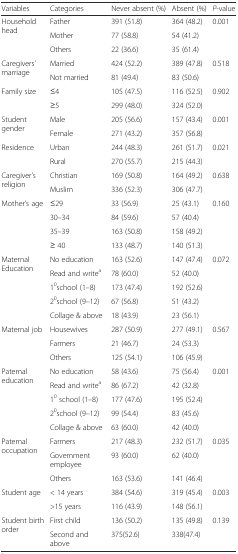
<table><thead><tr><td><b>Variables</b></td><td><b>Categories</b></td><td><b>Never absent (%)</b></td><td><b>Absent (%)</b></td><td><b><i>P</i>-value</b></td></tr></thead><tbody><tr><td rowspan="3">Household head</td><td>Father</td><td>391 (51.8)</td><td>364 (48.2)</td><td rowspan="3">0.001</td></tr><tr><td>Mother</td><td>77 (58.8)</td><td>54 (41.2)</td></tr><tr><td>Others</td><td>22 (36.6)</td><td>35 (61.4)</td></tr><tr><td rowspan="2">Caregivers’ marriage</td><td>Married</td><td>424 (52.2)</td><td>389 (47.8)</td><td rowspan="2">0.518</td></tr><tr><td>Not married</td><td>81 (49.4)</td><td>83 (50.6)</td></tr><tr><td rowspan="2">Family size</td><td>≤4</td><td>105 (47.5)</td><td>116 (52.5)</td><td rowspan="2">0.902</td></tr><tr><td>≥5</td><td>299 (48.0)</td><td>324 (52.0)</td></tr><tr><td rowspan="2">Student gender</td><td>Male</td><td>205 (56.6)</td><td>157 (43.4)</td><td rowspan="2">0.001</td></tr><tr><td>Female</td><td>271 (43.2)</td><td>357 (56.8)</td></tr><tr><td rowspan="2">Residence</td><td>Urban</td><td>244 (48.3)</td><td>261 (51.7)</td><td rowspan="2">0.021</td></tr><tr><td>Rural</td><td>270 (55.7)</td><td>215 (44.3)</td></tr><tr><td rowspan="2">Caregiver’s religion</td><td>Christian</td><td>169 (50.8)</td><td>164 (49.2)</td><td rowspan="2">0.638</td></tr><tr><td>Muslim</td><td>336 (52.3)</td><td>306 (47.7)</td></tr><tr><td rowspan="4">Mother’s age</td><td>≤29</td><td>33 (56.9)</td><td>25 (43.1)</td><td rowspan="4">0.160</td></tr><tr><td>30–34</td><td>84 (59.6)</td><td>57 (40.4)</td></tr><tr><td>35–39</td><td>163 (50.8)</td><td>158 (49.2)</td></tr><tr><td>≥ 40</td><td>133 (48.7)</td><td>140 (51.3)</td></tr><tr><td rowspan="5">Maternal Education</td><td>No education</td><td>163 (52.6)</td><td>147 (47.4)</td><td rowspan="5">0.072</td></tr><tr><td>Read and write<sup>a</sup></td><td>78 (60.0)</td><td>52 (40.0)</td></tr><tr><td>1<sup>0</sup>school (1–8)</td><td>173 (47.4)</td><td>192 (52.6)</td></tr><tr><td>2<sup>0</sup>school (9–12)</td><td>67 (56.8)</td><td>51 (43.2)</td></tr><tr><td>Collage &amp; above</td><td>18 (43.9)</td><td>23 (56.1)</td></tr><tr><td rowspan="3">Maternal job</td><td>Housewives</td><td>287 (50.9)</td><td>277 (49.1)</td><td rowspan="3">0.567</td></tr><tr><td>Farmers</td><td>21 (46.7)</td><td>24 (53.3)</td></tr><tr><td>Others</td><td>125 (54.1)</td><td>106 (45.9)</td></tr><tr><td rowspan="5">Paternal education</td><td>No education</td><td>58 (43.6)</td><td>75 (56.4)</td><td rowspan="5">0.001</td></tr><tr><td>Read and write<sup>a</sup></td><td>86 (67.2)</td><td>42 (32.8)</td></tr><tr><td>1<sup>0</sup> school (1–8)</td><td>177 (47.6)</td><td>195 (52.4)</td></tr><tr><td>2<sup>0</sup>school (9–12)</td><td>99 (54.4)</td><td>83 (45.6)</td></tr><tr><td>Collage &amp; above</td><td>63 (60.0)</td><td>42 (40.0)</td></tr><tr><td rowspan="3">Paternal occupation</td><td>Farmers</td><td>217 (48.3)</td><td>232 (51.7)</td><td>0.035</td></tr><tr><td>Government employee</td><td>93 (60.0)</td><td>62 (40.0)</td><td></td></tr><tr><td>Others</td><td>163 (53.6)</td><td>141 (46.4)</td><td></td></tr><tr><td rowspan="2">Student age</td><td>&lt; 14 years</td><td>384 (54.6)</td><td>319 (45.4)</td><td>0.003</td></tr><tr><td>&gt;15 years</td><td>116 (43.9)</td><td>148 (56.1)</td><td></td></tr><tr><td rowspan="2">Student birth order</td><td>First child</td><td>136 (50.2)</td><td>135 (49.8)</td><td>0.139</td></tr><tr><td>Second and above</td><td>375(52.6)</td><td>338(47.4)</td><td></td></tr></tbody></table>